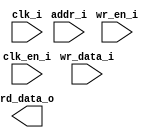
/*******************************************************************************
    Verilog netlist generated by IPGEN Radiant
    Soft IP Version: 1.0.0
    Wed Mar 20 11:12:28 2019
*******************************************************************************/
/*******************************************************************************
    Wrapper Module generated per user settings.
*******************************************************************************/
module rom_himax_cfg_seq (clk_i, clk_en_i, wr_en_i, wr_data_i, addr_i,
    rd_data_o)/* synthesis syn_black_box syn_declare_black_box=1 */;
    input  clk_i;
    input  clk_en_i;
    input  wr_en_i;
    input  [15:0]  wr_data_i;
    input  [7:0]  addr_i;
    output  [15:0]  rd_data_o;
endmodule